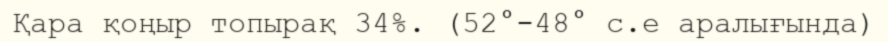
Қара қоңыр топырақ 34%. (52°-48° с.е аралығында)